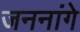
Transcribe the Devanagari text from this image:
जननांगे